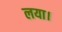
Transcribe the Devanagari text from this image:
लया।